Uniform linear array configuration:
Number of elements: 16
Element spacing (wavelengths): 0.25
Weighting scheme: binomial
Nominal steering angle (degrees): -30
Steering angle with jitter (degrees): -30.845
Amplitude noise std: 0.05
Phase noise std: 0.05

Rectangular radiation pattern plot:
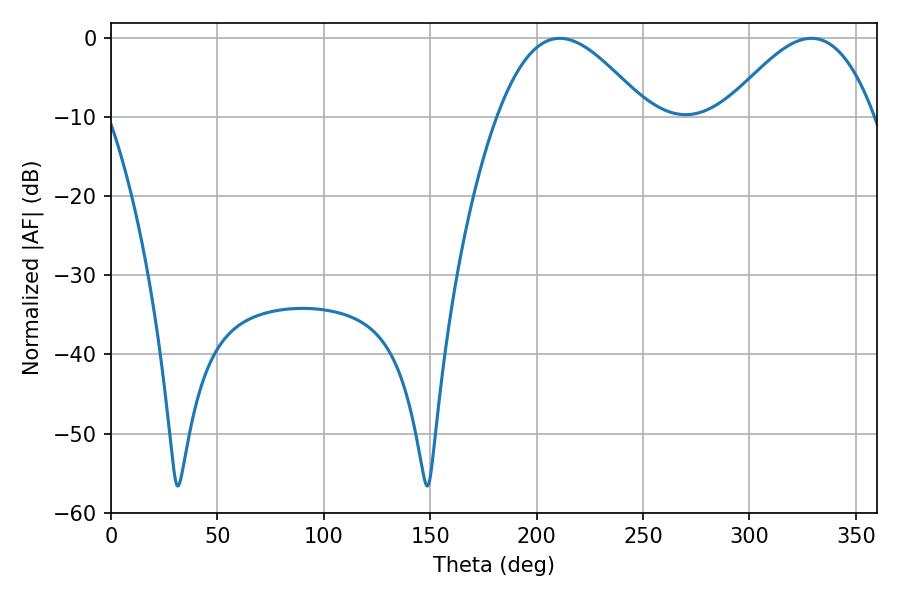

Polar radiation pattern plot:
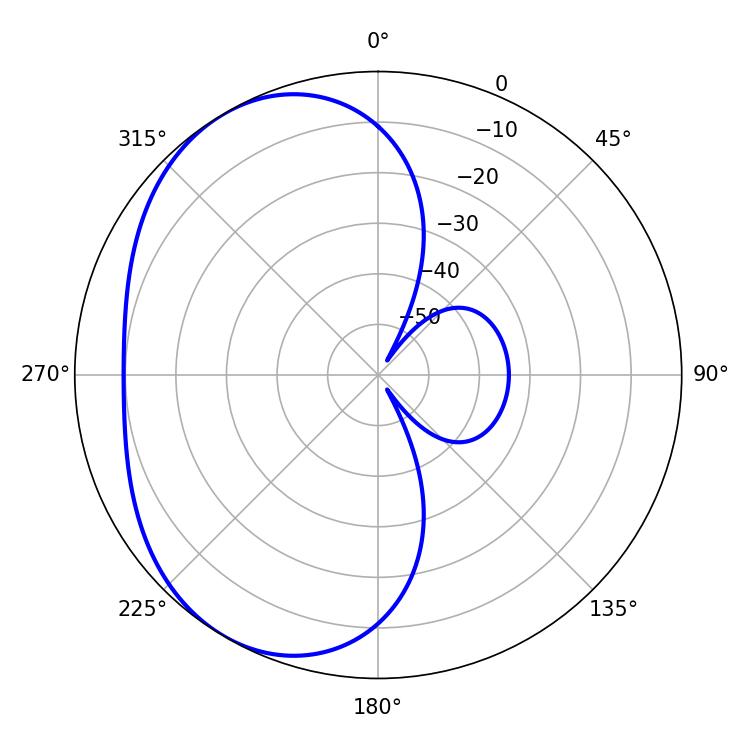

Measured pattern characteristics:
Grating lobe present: FALSE
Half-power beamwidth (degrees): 37.8
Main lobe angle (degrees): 210.96